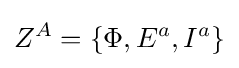
Z^{A}=\{\Phi ,E^{a},I^{a}\}